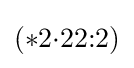
(*2{\cdot }22{:}2)